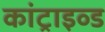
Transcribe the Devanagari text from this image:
कांट्राइव्ड